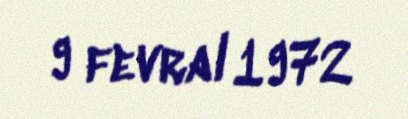
9 fevral 1972